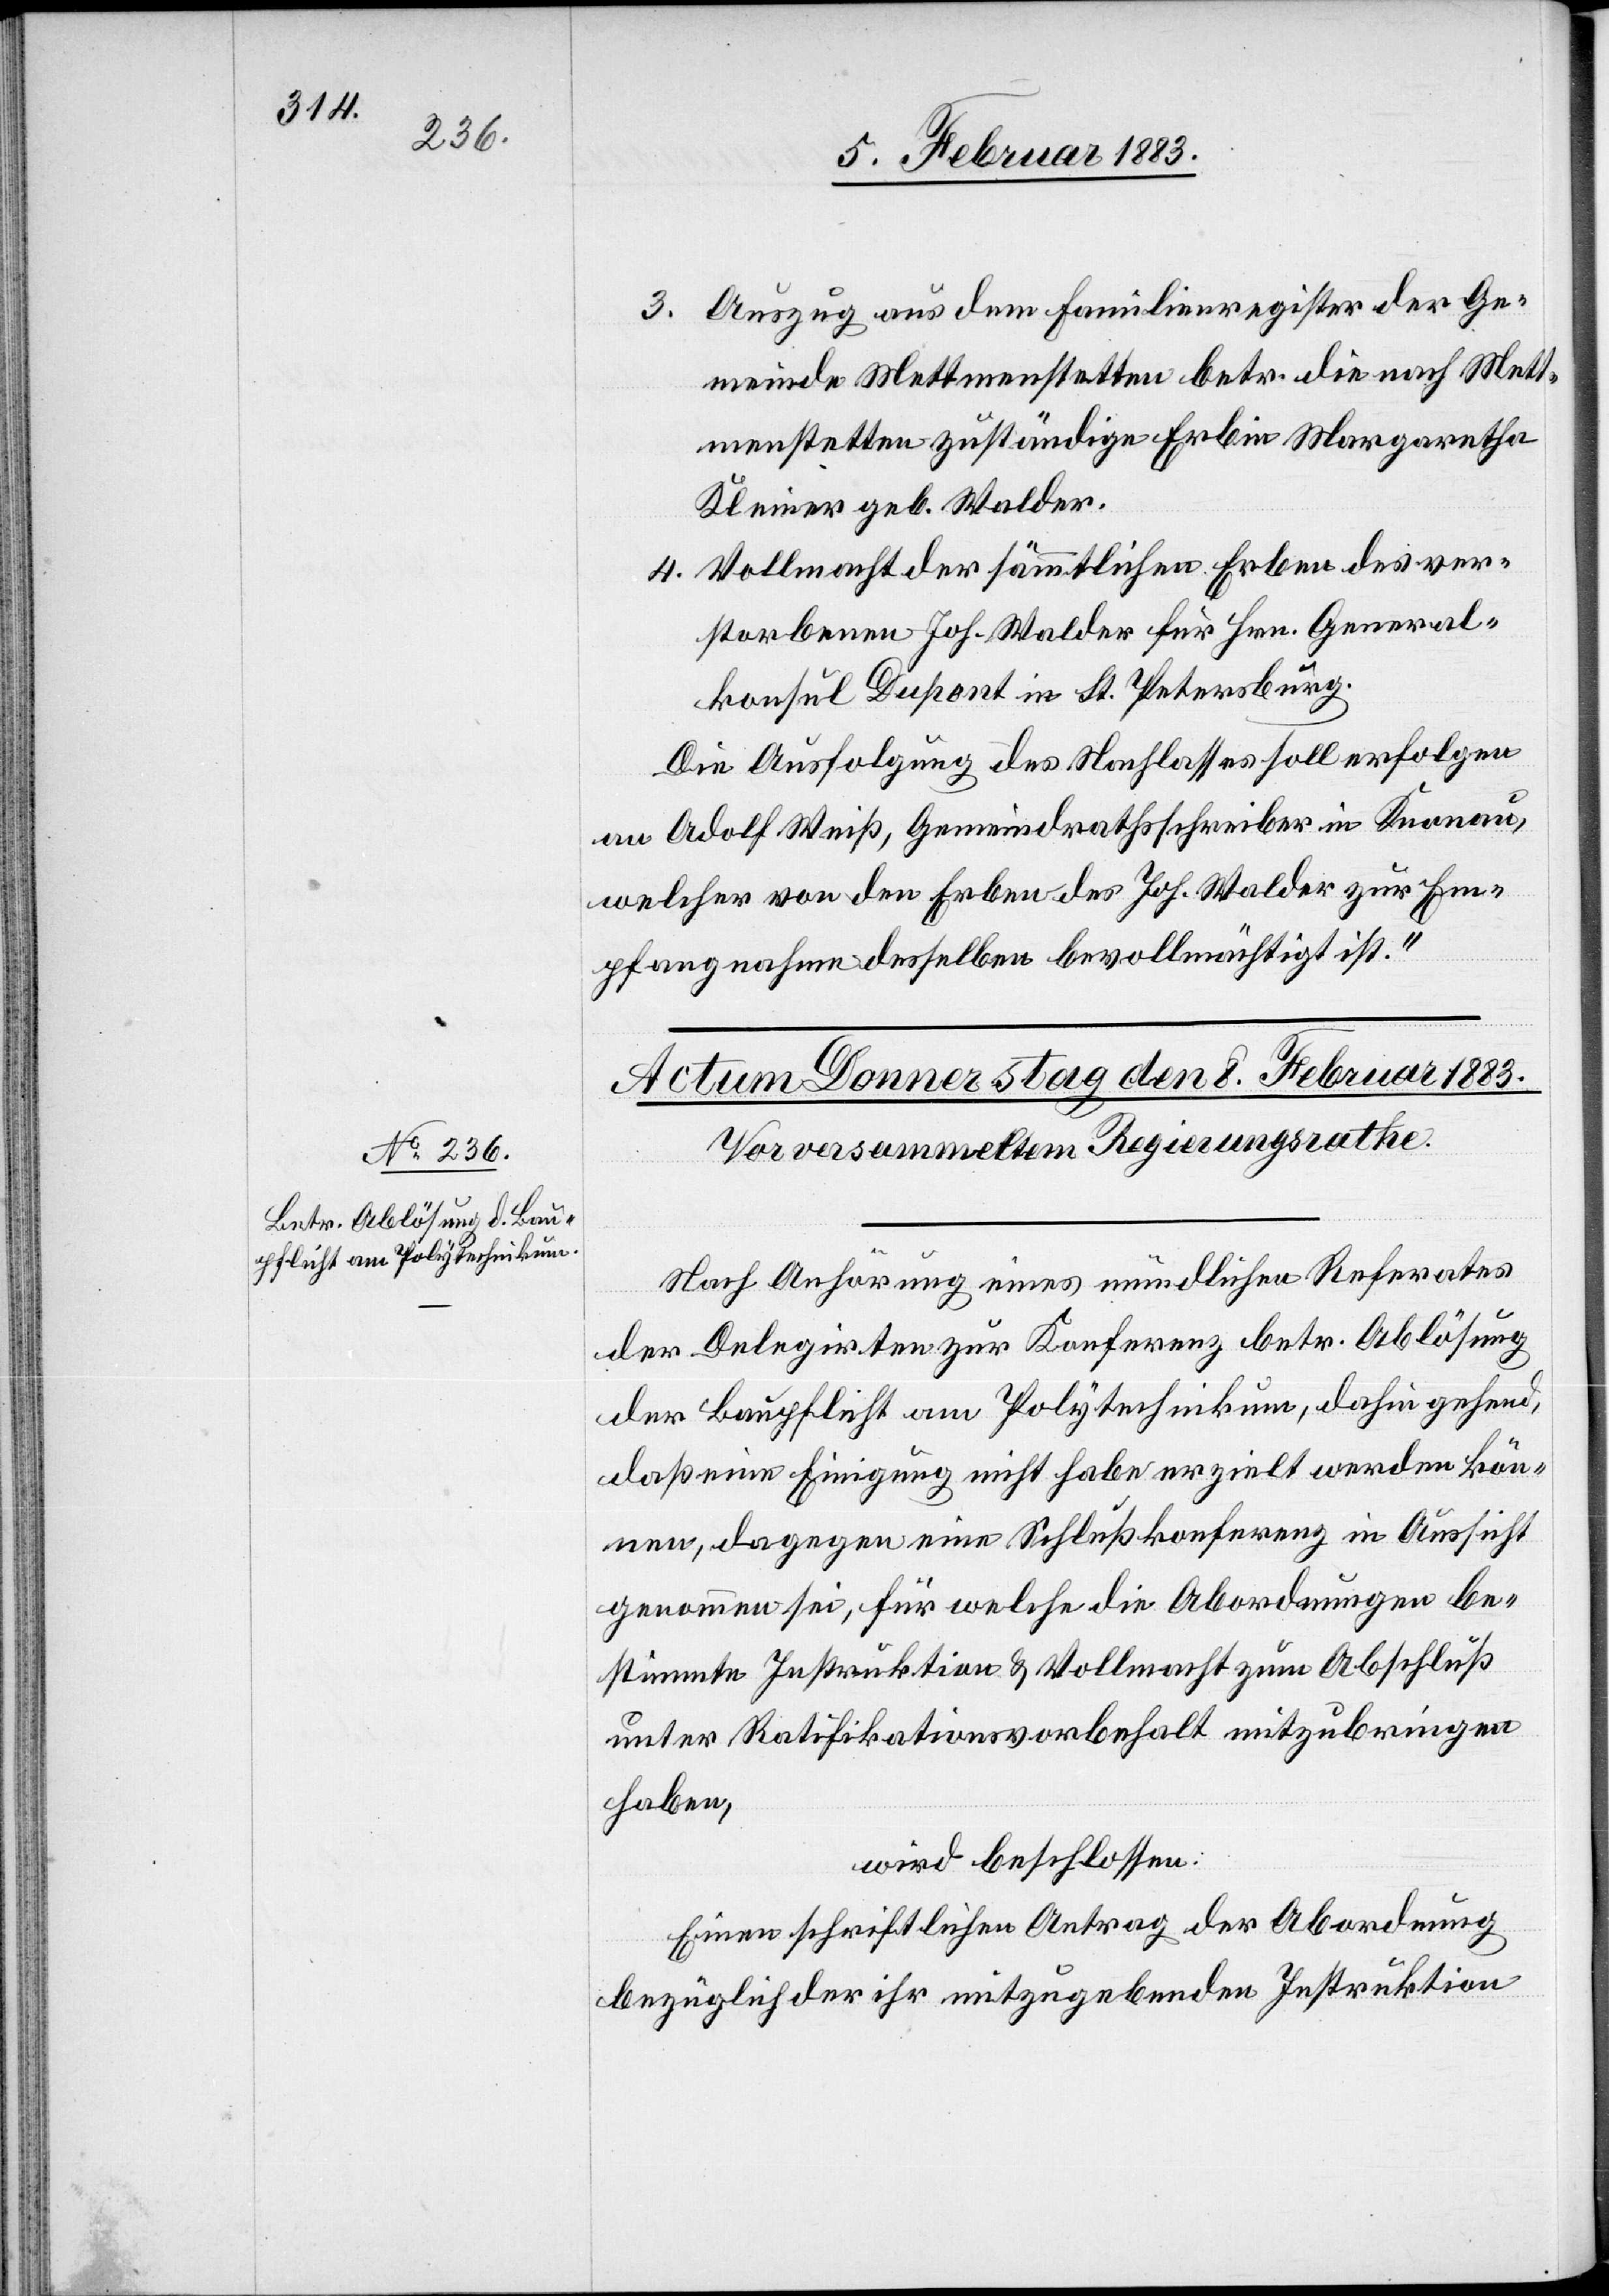
3. Auszug aus dem Familienregister der Ge¬
meinde Mettmenstetten betr. die nach Mett¬
menstetten zuständige Erbin Margaretha
Kleiner geb. Walder.
4. Vollmachten der sämmtlichen Erben des ver¬
storbenen Joh. Walder für Hrn. General¬
konsul Dupont in St. Petersburg.
Die Ausfolgung des Nachlasses soll erfolgen
an Adolf Weiß, Gemeindrathsschreiber in Knonau,
welcher von den Erben des Joh. Walder zur Em¬
pfangnahme desselben bevollmächtigt ist.“
Nach Anhörung eines mündlichen Referates
der Delegirten zur Konferenz betr. Ablösung
der Baupflicht am Polytechnikum, dahin gehend,
daß eine Einigung nicht habe erzielt werden kön¬
nen, dagegen eine Schlußkonferenz in Aussicht
genommen sei, für welche die Abordnungen be¬
stimmte Instruktion & Vollmacht zum Abschluß
unter Ratifikationsvorbehalt mitzubringen
haben,
wird beschlossen:
Einen schriftlichen Antrag der Abordnung
bezüglich der ihr mitzugebenden Instruktion